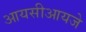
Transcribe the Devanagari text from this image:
आयसीआयजे